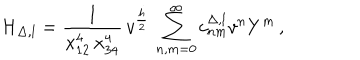
{ \cal H } _ { \Delta , l } = \frac { 1 } { x _ { 1 2 } ^ { 4 } \, x _ { 3 4 } ^ { 4 } } \, v ^ { \frac { h } { 2 } } \, \sum _ { n , m = 0 } ^ { \infty } c _ { n m } ^ { \Delta , l } v ^ { n } Y ^ { m } \, ,